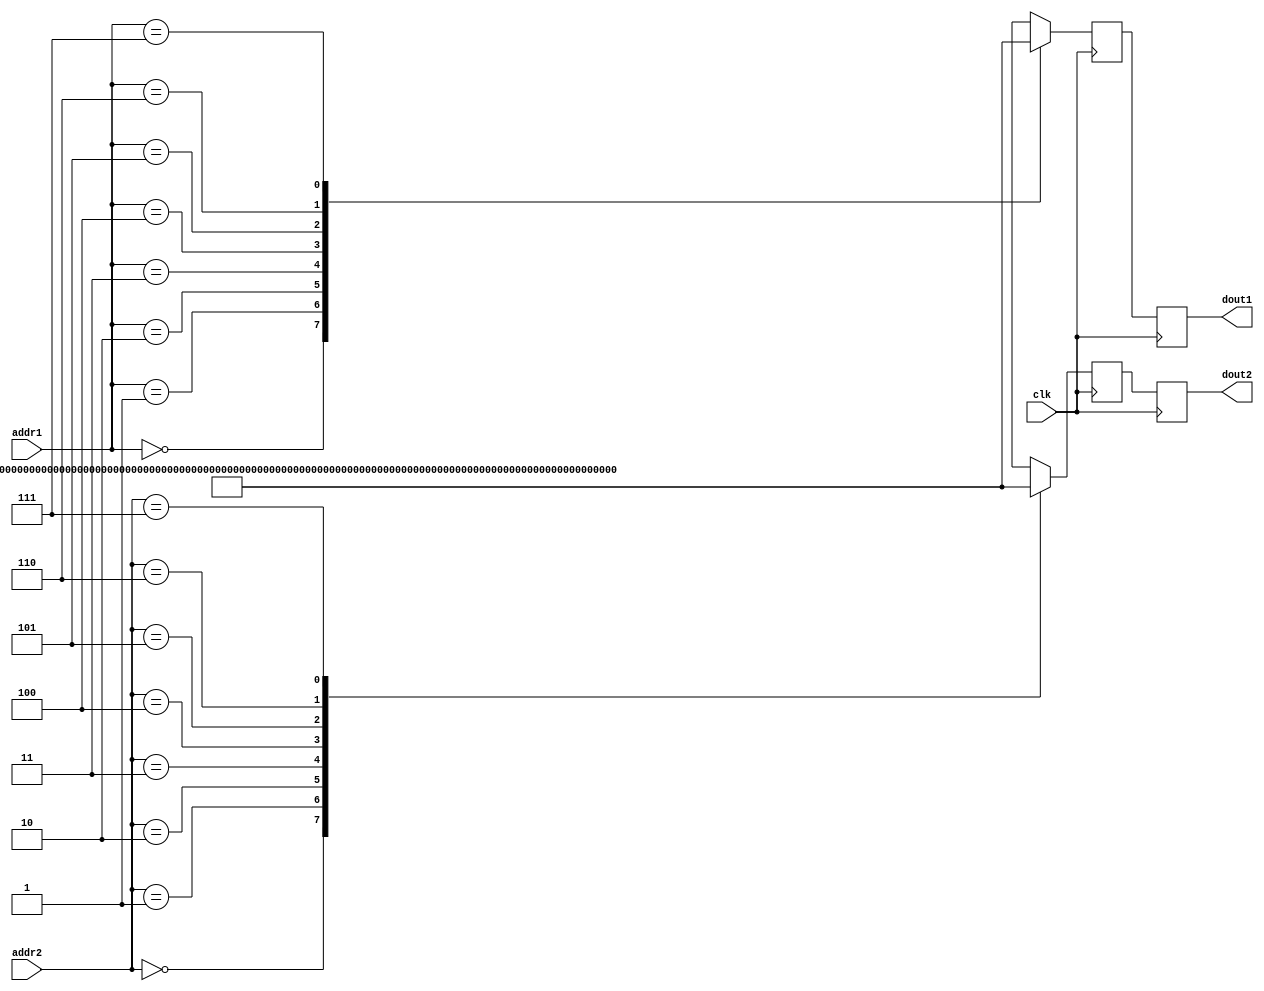
`timescale 1ns / 1ps

// 8*64 on chip dual address rom with two stage pipelining
module dual_address_rom_two_stage_pipeline( clk, addr1, addr2, dout1, dout2 );
    input clk;
    input [2:0] addr1, addr2;
    output [63:0] dout1, dout2;
    
    reg [63:0]ROM[7:0];    // actual ROM
    reg [63:0] dout1_next, dout2_next; // next output values
    reg [63:0] dout1_reg1, dout2_reg1; // Fist pipeline registers
    reg [63:0] dout1, dout2; // second pipeline registers
    
    wire [63:0]loc[7:0];
    
    //ROM data loading....
    assign loc[0] = 64'h5B5B5B5B5B5B5B5B;
    assign loc[1] = 64'hAE6A4719E7B99682 ; 
    assign loc[2] = 64'h7631CF8A8ACF3176 ; 
    assign loc[3] = 64'h8AE782B9477E1996 ; 
    assign loc[4] = 64'h5BA5A55B5BA5A55B ; 
    assign loc[5] = 64'h4782196A96E77EB9 ; 
    assign loc[6] = 64'h918A76CFCF768A31 ; 
    assign loc[7] = 64'h19B96A827E9647E7 ; 
    
    always@( loc[0],loc[1],loc[2],loc[3],loc[4],loc[5],loc[6],loc[7], addr1, addr2 ) begin
        case(addr1)
            3'b000 : dout1_next=loc[0];
            3'b001 : dout1_next=loc[1];
            3'b010 : dout1_next=loc[2];
            3'b011 : dout1_next=loc[3];
            3'b100 : dout1_next=loc[4];
            3'b101 : dout1_next=loc[5];
            3'b110 : dout1_next=loc[6];
            3'b111 : dout1_next=loc[7];
            default: dout1_next=64'hz;
        endcase
        case(addr2)
            3'b000 : dout2_next=loc[0];
            3'b001 : dout2_next=loc[1];
            3'b010 : dout2_next=loc[2];
            3'b011 : dout2_next=loc[3];
            3'b100 : dout2_next=loc[4];
            3'b101 : dout2_next=loc[5];
            3'b110 : dout2_next=loc[6];
            3'b111 : dout2_next=loc[7];
            default: dout2_next=64'hz;
        endcase
    end
    
    //First pipelining
    always@(posedge clk) begin
        dout1_reg1<=dout1_next;
        dout2_reg1<=dout2_next;
    end
    
    //Second pipelining
    always@(posedge clk) begin
        dout1<=dout1_reg1;
        dout2<=dout2_reg1;
    end
endmodule